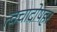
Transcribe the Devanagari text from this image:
त्वचादोषहर